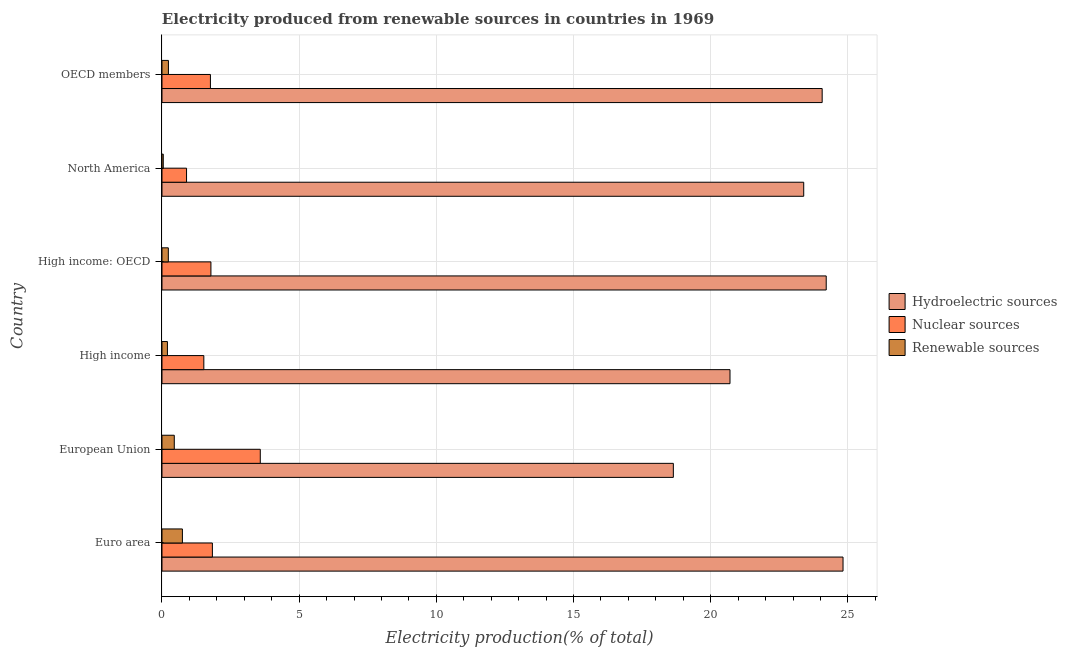
| Country | Hydroelectric sources | Nuclear sources | Renewable sources |
 | --- | --- | --- | --- |
 | Euro area | 24.8 | 1.84 | 0.744 |
 | European Union | 18.6 | 3.58 | 0.448 |
 | High income | 20.7 | 1.53 | 0.198 |
 | High income: OECD | 24.2 | 1.78 | 0.231 |
 | North America | 23.4 | 0.895 | 0.0464 |
 | OECD members | 24.1 | 1.77 | 0.234 |